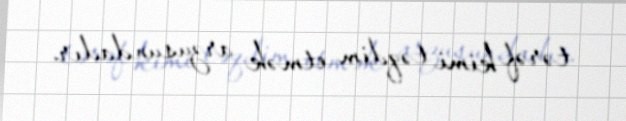
tərəf kimi təqdim etmək arzusundadır.